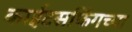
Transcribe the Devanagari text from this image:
काईटसर्फिंगच्या